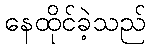
နေထိုင်ခဲ့သည်